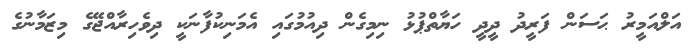
އަލްއަމީރު ޙަސަން ފަރީދު ދީދީ ހަޔާތްޕުޅު ނިމިގެން ދިއުމުގައި އެމަނިކުފާނަކީ ދިވެހިރާއްޖޭގެ މިޒަމާނުގެ